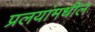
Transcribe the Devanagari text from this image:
प्रलयांमधील